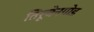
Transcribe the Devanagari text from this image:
तिरूचेनगोड